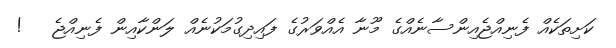
ކަށިތަކެއް ފެނިއްޖެއިންސާނެއްގެ މޫނާ އެއްވަރުގެ ފައިދިގުމަކުނެއް ލަންކާއިން ފެނިއްޖެ   !